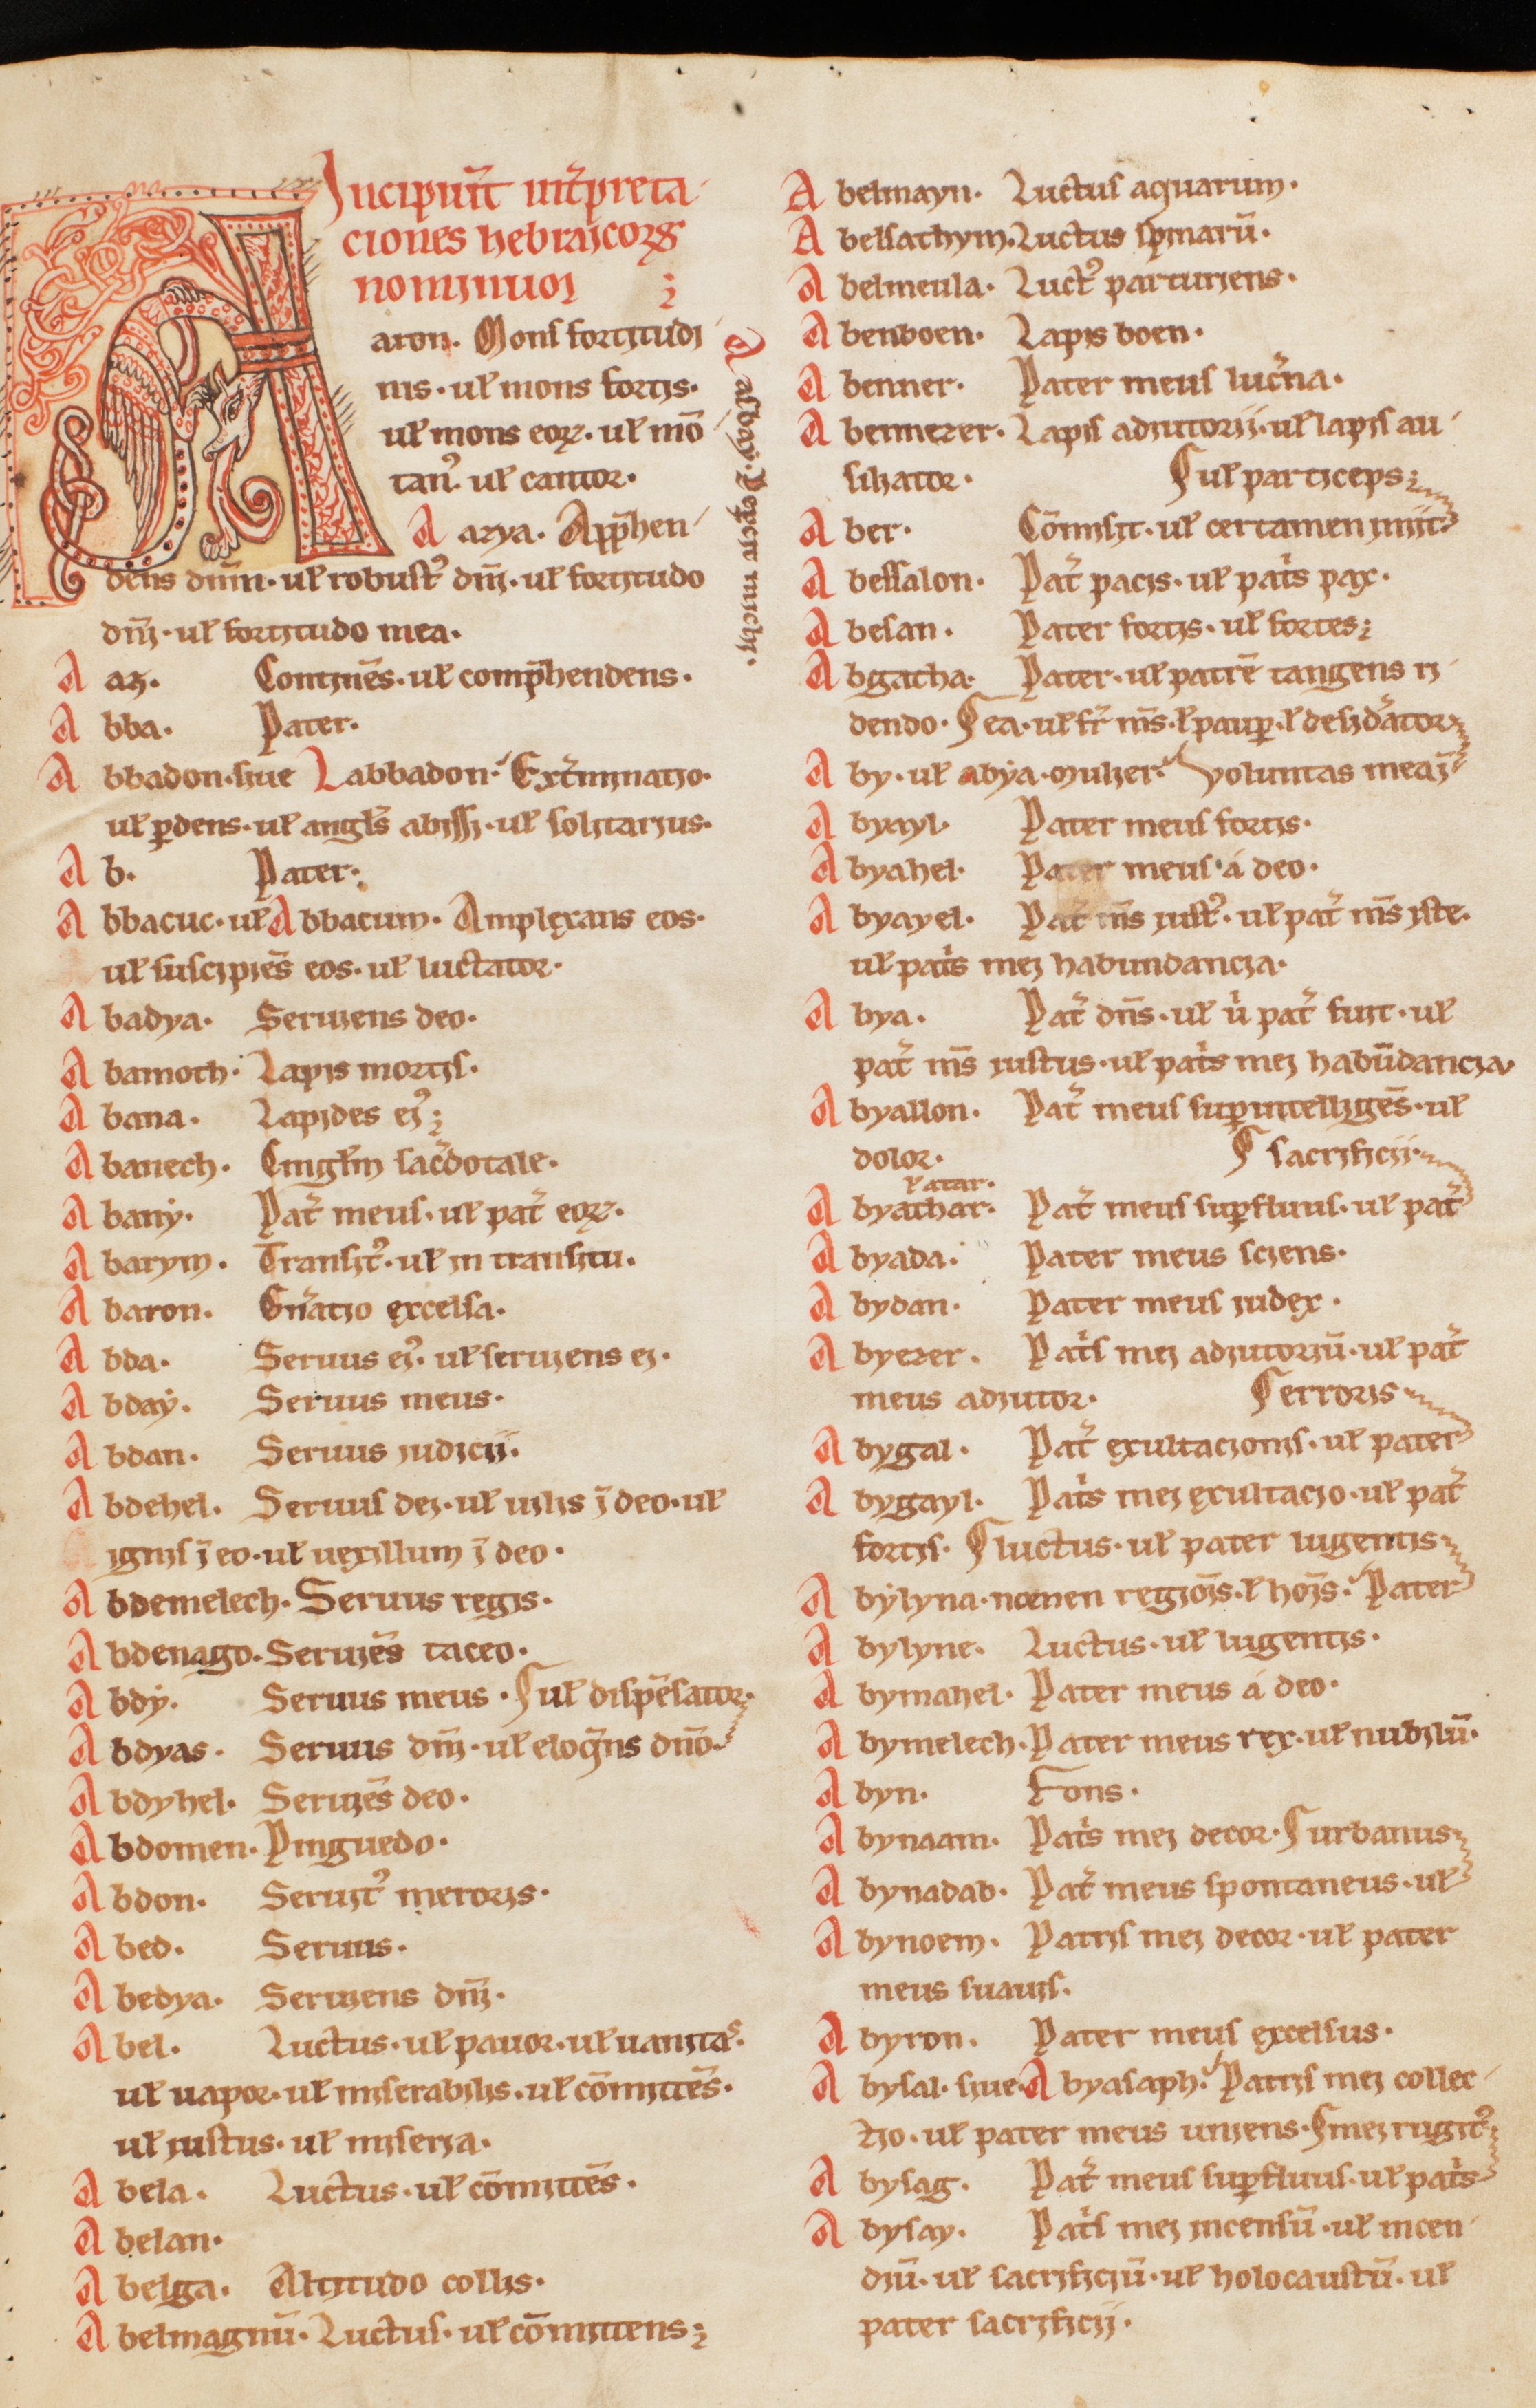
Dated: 1200–1230